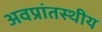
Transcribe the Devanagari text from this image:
अवप्रांतस्थीय